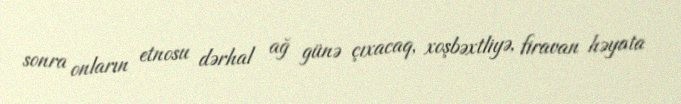
sonra onların etnosu dərhal ağ günə çıxacaq, xoşbəxtliyə, firavan həyata